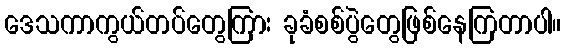
ဒေသကာကွယ်တပ်တွေကြား ခုခံစစ်ပွဲတွေဖြစ်နေကြတာပါ။